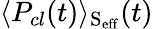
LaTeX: \langle P_{cl}(t)\rangle_{\mathrm{{S_{eff}}}}(t)